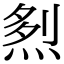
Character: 𤉥